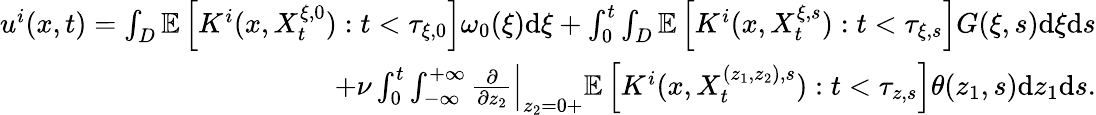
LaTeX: \begin{array}{r}{u^{i}(x,t)=\int_{D}\mathbb{E}\left[K^{i}(x,X_{t}^{\xi,0}):t<\tau_{\xi,0}\right]\omega_{0}(\xi)\textrm{d}\xi+\int_{0}^{t}\int_{D}\mathbb{E}\left[K^{i}(x,X_{t}^{\xi,s}):t<\tau_{\xi,s}\right]G(\xi,s)\textrm{d}\xi\textrm{d}s}\\ {+\nu\int_{0}^{t}\int_{-\infty}^{+\infty}\frac{\partial}{\partial z_{2}}\Big|_{z_{2}=0+}\mathbb{E}\left[K^{i}(x,X_{t}^{(z_{1},z_{2}),s}):t<\tau_{z,s}\right]\theta(z_{1},s)\textrm{d}z_{1}\textrm{d}s.}\end{array}